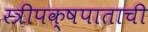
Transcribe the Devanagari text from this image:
स्त्रीपक्षपाताची